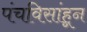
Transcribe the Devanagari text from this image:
पंचविसांहून